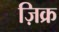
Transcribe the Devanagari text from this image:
ज़िक्र